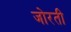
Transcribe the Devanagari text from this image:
जोरती